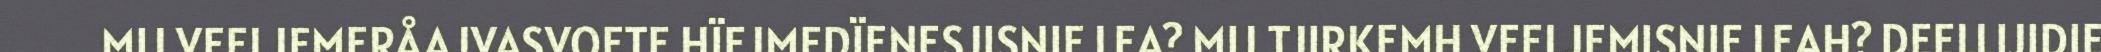
MIJ VEELJEMERÅAJVASVOETE HÏEJMEDÏENESJISNIE LEA? MIJ TJIRKEMH VEELJEMISNIE LEAH? DEELLIJIDIE